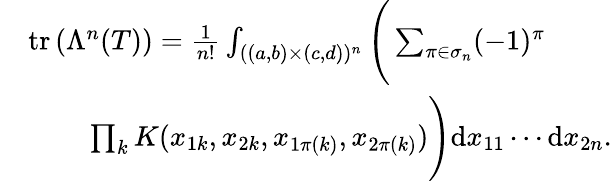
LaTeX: \begin{array}{rl}&{\mathrm{tr}\left(\Lambda^{n}({T})\right)=\frac{1}{n!}\int_{((a,b)\times(c,d))^{n}}\Bigg(\sum_{\pi\in\sigma_{n}}(-1)^{\pi}}\\ &{~~~~~~~~\prod_{k}K(x_{1k},x_{2k},x_{1\pi(k)},x_{2\pi(k)})\Bigg)\mathrm{d}x_{11}\cdots\mathrm{d}x_{2n}.}\end{array}